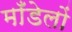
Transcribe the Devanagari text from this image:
माँडेलों